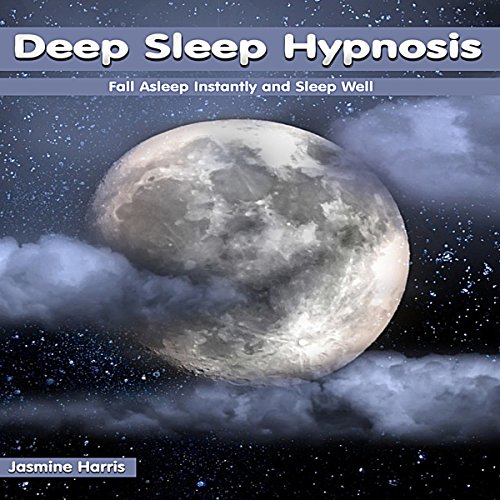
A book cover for Deep Sleep Hypnosis: Fall Asleep Instantly and Sleep Well; Jasmine Harris; Self-Help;